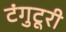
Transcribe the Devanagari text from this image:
टंगुटूरी